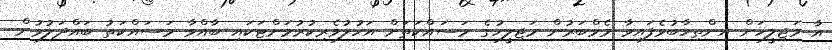
އާ މަޖިލީހަށް އިންތިހާބުވެފައިވާ މެމްބަރުން މަޖިލީހުގެ މަސައްކަތަށް އަހުލުވެރިކުރުމަށްޓަކައި ބާއްވާ މަސައްކަތު ބައްދަލުވުން